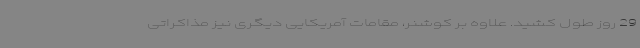
29 روز طول کشید. علاوه بر کوشنر، مقامات آمریکایی دیگری نیز مذاکراتی